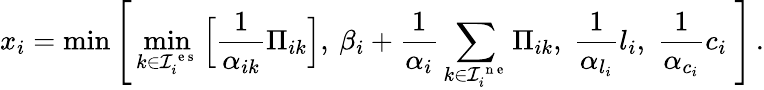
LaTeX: x_{i}=\operatorname*{min}\Bigg[\operatorname*{min}_{k\in\mathcal{I}_{i}^{\mathrm{~e~s~}}}\Big[\frac{1}{\alpha_{ik}}\Pi_{ik}\Big],\: \beta_{i}+\frac{1}{\alpha_{i}}\sum_{k\in\mathcal{I}_{i}^{\mathrm{~n~e~}}}\Pi_{ik},\; \frac{1}{\alpha_{l_{i}}}l_{i},\; \frac{1}{\alpha_{c_{i}}}c_{i}\; \Bigg]\, .